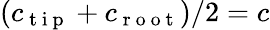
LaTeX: (c_{\mathrm{~t~i~p~}}+c_{\mathrm{~r~o~o~t~}})/2=c